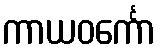
ကာယဝင်္ကော